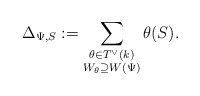
\begin{align*}\Delta_{\Psi,S}:=\displaystyle \sum_{\substack{\theta \in T^\vee(k)\\ W_\theta\supseteq W(\Psi)}} \theta(S). \end{align*}